Vaccination Hyderabad 1890-1903 - 1890-1903
Year: 1890
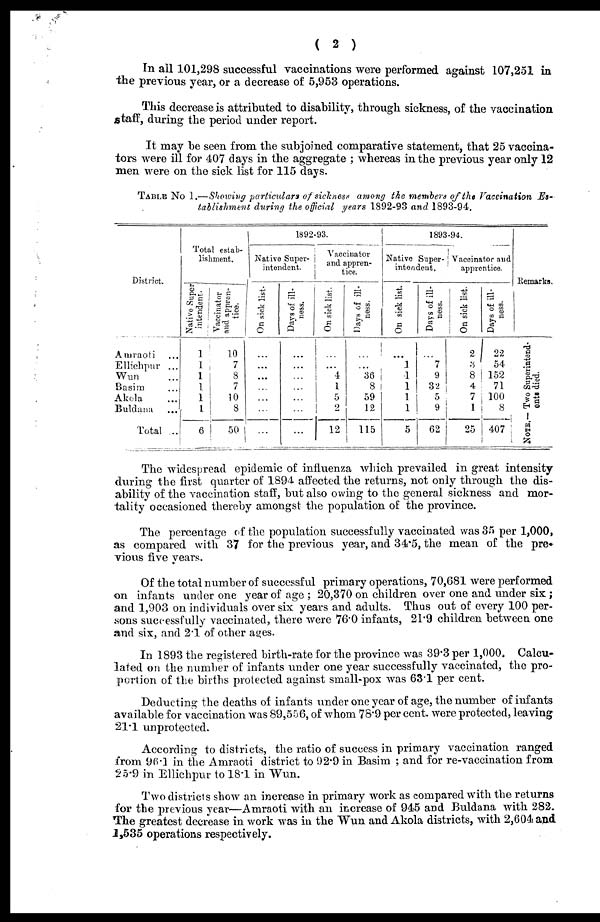
( 2 )
In all 101,298 successful vaccinations were performed against 107,251 in
the previous year, or a decrease of 5,953 operations.
This decrease is attributed to disability, through sickness, of the vaccination
staff, during the period under report.
It may be seen from the subjoined comparative statement, that 25 vaccina-
tors were ill for 407 days in the aggregate ; whereas in the previous year only 12
men were on the sick list for 115 days.
TABLE No 1.—Showing particulars of sickness among the members of the Vaccination Es-
tablishment during the official years 1892-93 and 1893-94.
District.
Amraoti ...
Ellichpur ...
Wun ...
Basim ...
Akola ...
Buldana ...
Total ...
Total estab-
lishment.
Native Super
intendent.
1
1
1
1
1
1
6
Vaccinator
and appren-
tice.
10
7
8
7
10
8
50
1892-93.
Native Super-
intendent.
On sick list.
...
...
...
...
...
...
...
Days of ill-
ness.
...
...
...
...
...
...
...
Vaccinator
and appren-
tice.
On sick list.
...
...
4
1
5
2
12
Days of ill-
ness.
...
...
36
8
59
12
115
1893-94.
Native Super-
intendent.
On sick list.
...
1
1
1
1
1
5
Days of ill-
ness.
...
7
9
32
5
9
62
Vaccinator and
apprentice.
On sick list.
2
3
8
4
7
1
25
Days of ill-
ness.
22
54
152
71
100
8
407
Remarks.
NOTE.— Two Superintend¬
ents died.
The widespread epidemic of influenza which prevailed in great intensity
during the first quarter of 1894 affected the returns, not only through the dis-
ability of the vaccination staff, but also owing to the general sickness and mor-
tality occasioned thereby amongst the population of the province.
The percentage of the population successfully vaccinated was 35 per 1,000,
as compared with 37 for the previous year, and 34.5, the mean of the pre¬
vious five years.
Of the total number of successful primary operations, 70,681 were performed
on infants under one year of age ; 20,370 on children over one and under six;
and 1,903 on individuals over six years and adults. Thus out of every 100 per-
sons successfully vaccinated, there were 76.0 infants, 21.9 children between one
and six, and 2.1 of other ages.
In 1893 the registered birth-rate for the province was 39.3 per 1,000. Calcu-
lated on the number of infants under one year successfully vaccinated, the pro-
portion of the births protected against small-pox was 63.1 per cent.
Deducting the deaths of infants under one year of age, the number of infants
available for vaccination was 89,556, of whom 78.9 per cent. were protected, leaving
21.1 unprotected.
According to districts, the ratio of success in primary vaccination ranged
from 96.1 in the Amraoti district to 92.9 in Basim ; and for re-vaccination from
25.9 in Ellichpur to 18.1 in Wun.
Two districts show an increase in primary work as compared with the returns
for the previous year—Amraoti with an increase of 945 and Buldana with 282.
The greatest decrease in work was in the Wun and Akola districts, with 2,604 and
1,535 operations respectively.